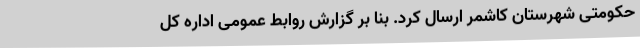
حکومتی شهرستان کاشمر ارسال کرد. بنا بر گزارش روابط عمومی اداره کل